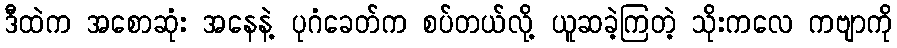
ဒီထဲက အစောဆုံး အနေနဲ့ ပုဂံခေတ်က စပ်တယ်လို့ ယူဆခဲ့ကြတဲ့ သိုးကလေ ကဗျာကို